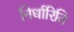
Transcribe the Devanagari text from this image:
निर्धारिति